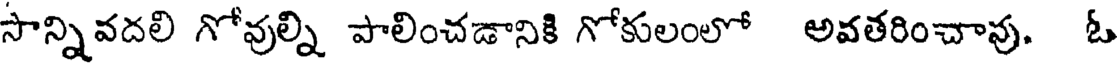
సాన్నివదలి గోవుల్ని పాలించడానికి గోకులంలో అవతరించావు. ఓ